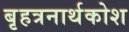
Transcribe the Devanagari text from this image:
बृहत्रनार्थकोश